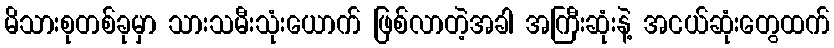
မိသားစုတစ်ခုမှာ သားသမီးသုံးယောက် ဖြစ်လာတဲ့အခါ အကြီးဆုံးနဲ့ အငယ်ဆုံးတွေထက်